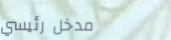
مدخل رئيسي